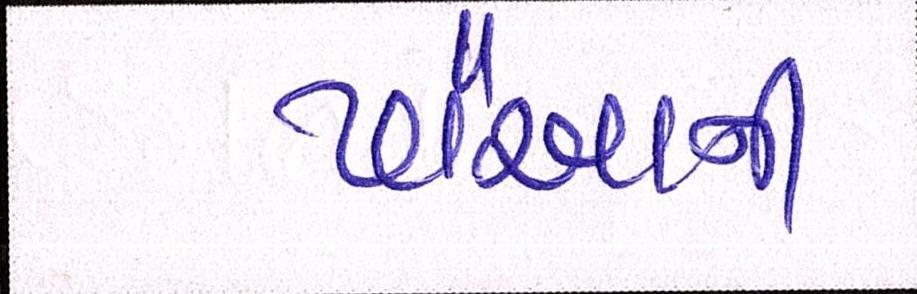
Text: પૌઆની